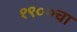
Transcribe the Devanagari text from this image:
१९००चा